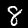
Label: 8